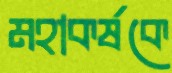
মহাকর্ষকে